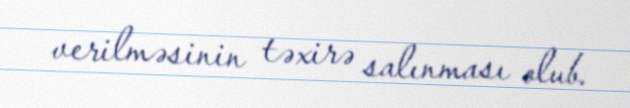
verilməsinin təxirə salınması olub.